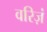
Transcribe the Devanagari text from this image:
वरिज़ं